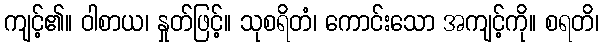
ကျင့်၏။ ဝါစာယ၊ နှုတ်ဖြင့်။ သုစရိတံ၊ ကောင်းသော အကျင့်ကို။ စရတိ၊